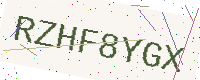
Text: RZHF8YGX